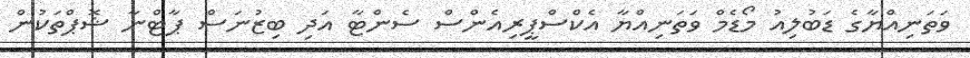
ވަތަނިއްޔާގެ ޑަބުލިއު މޯޑެމް ވަތަނިއްޔާ އެކްސްޕީރިއެންސް ސެންޓާ އަދި ބިޒުނަސް ޕާޓްނާ ޝޮޕްތަކުން